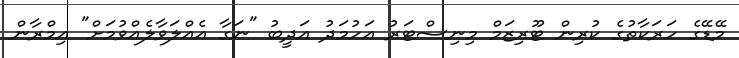
މޭޑޭގެ ހަރަކާތުގެ ކުރިން ޓޫރިޒަމް މިނިސްޓަރު އަހުމަދު އަދީބު "ނަގާ އެއްލަވާލެއްވުމަށް" އިމްރާން